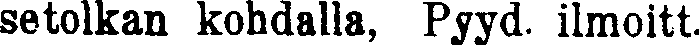
setolkan kohdalla, Pyyd. ilmoitt.